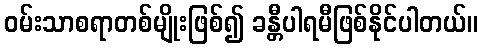
ဝမ်းသာစရာတစ်မျိုးဖြစ်၍ ခန္တီပါရမီဖြစ်နိုင်ပါတယ်။